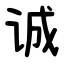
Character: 诚